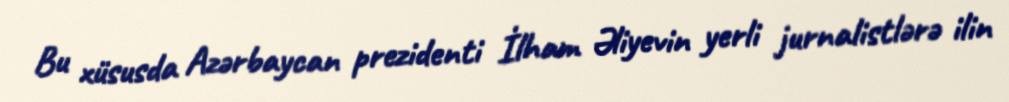
Bu xüsusda Azərbaycan prezidenti İlham Əliyevin yerli jurnalistlərə ilin